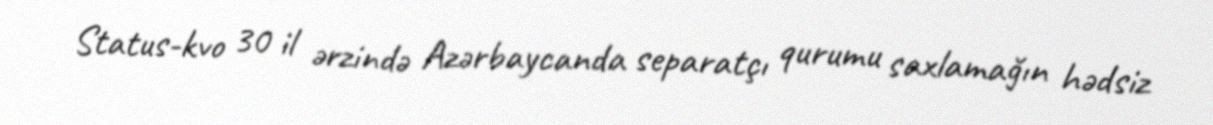
Status-kvo 30 il ərzində Azərbaycanda separatçı qurumu saxlamağın hədsiz